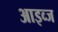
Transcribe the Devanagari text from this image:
आइव्ज